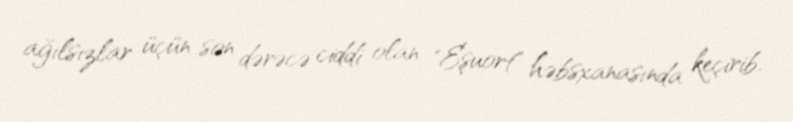
ağılsızlar üçün son dərəcə ciddi olan "Eşuort" həbsxanasında keçirib.